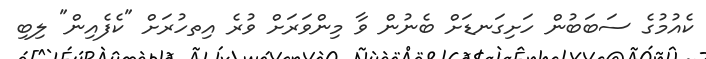
ކެއުމުގެ ސަބަބުން ހަށިގަނޑަށް ބެނުން ވާ މިންވަރަށް ވުރެ އިތހުރަށް "ކެފެއިން" ލިބި